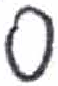
אות: ס